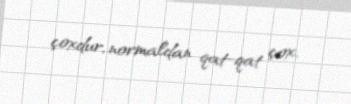
çoxdur, normaldan qat-qat çox.